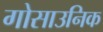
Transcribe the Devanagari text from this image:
गोसाउनिक